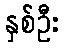
နှစ်ဦး